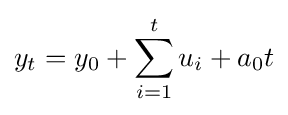
y_{t}=y_{0}+\sum _{i=1}^{t}u_{i}+a_{0}t